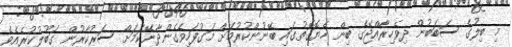
މި ބިލުގެ ސަބަބުން ދިވެހިރާއްޖޭގެ ބިން ހެޔޮގޮތުގައި ބޭނުންކުރުމަށް މަގުފަހިވެގެންދާނޭކަމަށް ސަރުކާރުން ގަބޫލުކުރެއެވެ.